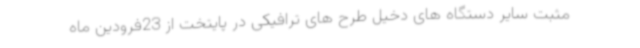
مثبت سایر دستگاه های دخیل طرح های ترافیکی در پایتخت از 23فرودین ماه